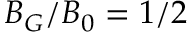
B _ { G } / B _ { 0 } = 1 / 2